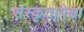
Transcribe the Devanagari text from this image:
संस्कृतापेक्षा